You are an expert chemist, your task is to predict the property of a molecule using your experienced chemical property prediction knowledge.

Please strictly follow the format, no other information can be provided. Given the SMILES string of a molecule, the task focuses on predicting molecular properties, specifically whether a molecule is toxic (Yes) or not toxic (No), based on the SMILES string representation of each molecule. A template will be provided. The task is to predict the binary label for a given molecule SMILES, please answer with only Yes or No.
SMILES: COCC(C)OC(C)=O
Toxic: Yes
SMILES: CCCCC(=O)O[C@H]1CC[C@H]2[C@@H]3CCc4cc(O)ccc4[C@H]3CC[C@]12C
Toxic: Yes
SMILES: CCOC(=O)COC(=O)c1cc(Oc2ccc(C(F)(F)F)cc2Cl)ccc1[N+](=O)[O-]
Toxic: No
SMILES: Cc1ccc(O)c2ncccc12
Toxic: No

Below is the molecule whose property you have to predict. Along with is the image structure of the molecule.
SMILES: Cl[C@H]1[C@H](Cl)[C@@H](Cl)[C@H](Cl)[C@@H](Cl)[C@@H]1Cl
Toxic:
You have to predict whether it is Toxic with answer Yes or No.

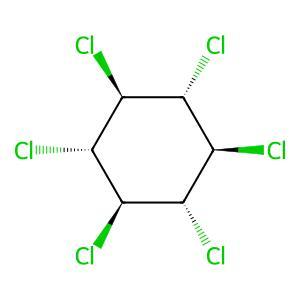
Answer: No